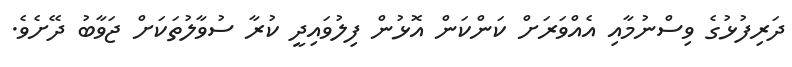
ދަރިފުޅުގެ ވިސްނުމާއި އެއްވަރަށް ކަންކަން އޮޅުން ފިލުވައިދީ ކުރާ ސުވާލުތަކަށް ޖަވާބު ދޭށެވެ.